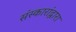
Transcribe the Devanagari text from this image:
संस्कारांद्वारा